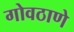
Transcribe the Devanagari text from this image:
गोवठाणे